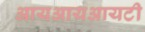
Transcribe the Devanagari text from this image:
आयआयआयटी